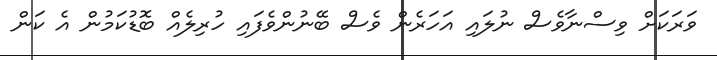
ވަރަކަށް ވިސްނާވެސް ނުލައި އަހަރެން ވެސް ބޭނުންވެފައި ހުރިލެއް ބޮޑުކަމުން އެ ކަން